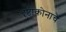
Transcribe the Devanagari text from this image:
दृष्टीकोनाचे